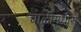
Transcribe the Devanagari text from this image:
चाळीमधीस